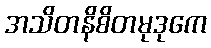
အသိတနိစိတမုဒုကေ